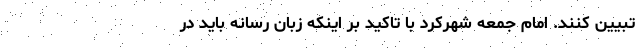
تبیین کنند. امام جمعه شهرکرد با تاکید بر اینکه زبان رسانه باید در